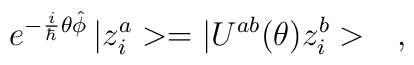
e^{-\frac{i}{\hbar}\theta\hat{\phi}}\,|z^a_i>=|U^{ab}(\theta)z^b_i>\ \ \ ,